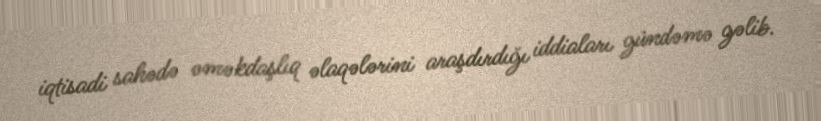
iqtisadi sahədə əməkdaşlıq əlaqələrini araşdırdığı iddiaları gündəmə gəlib.